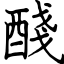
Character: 醆